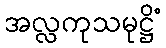
အလ္လကုသမုဋ္ဌိံ